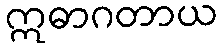
ဣဓာဂတာယ